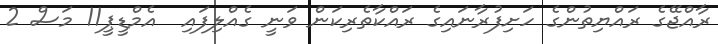
ރާއްޖޭގެ ރައްޔިތުންގެ ހަށިފުރާނައިގެ ރައްކާތެރިކަން ވަނީ ގެއްލިފައި  އެމްޑީޕީ11 މަސް 2